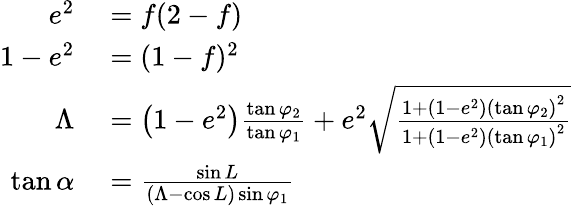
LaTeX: \begin{array}{rl}{e^{2}}&{{}=f(2-f)}\\ {1-e^{2}}&{{}=(1-f)^{2}}\\ {\Lambda}&{{}=\left(1-e^{2}\right){\frac{\tan\varphi_{2}}{\tan\varphi_{1}}}+e^{2}{\sqrt{\frac{1+\left(1-e^{2}\right)\left(\tan\varphi_{2}\right)^{2}}{1+\left(1-e^{2}\right)\left(\tan\varphi_{1}\right)^{2}}}}}\\ {\tan\alpha}&{{}={\frac{\sin L}{(\Lambda-\cos L)\sin\varphi_{1}}}}\end{array}